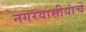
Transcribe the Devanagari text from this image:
नगरवासीयांचे